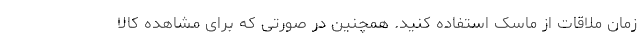
زمان ملاقات از ماسک استفاده کنید. همچنین در صورتی که برای مشاهده کالا